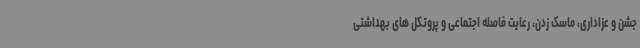
جشن و عزاداری، ماسک زدن، رعایت فاصله اجتماعی و پروتکل های بهداشتی